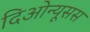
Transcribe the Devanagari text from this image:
दिओन्यूसस